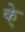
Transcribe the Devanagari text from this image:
के्